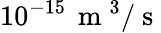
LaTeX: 10^{-15}\, \mathrm{~m~}^{3}/\mathrm{~s~}